Vital statistics of India. Vol. VI, European troops 1870-79
Year: 1870
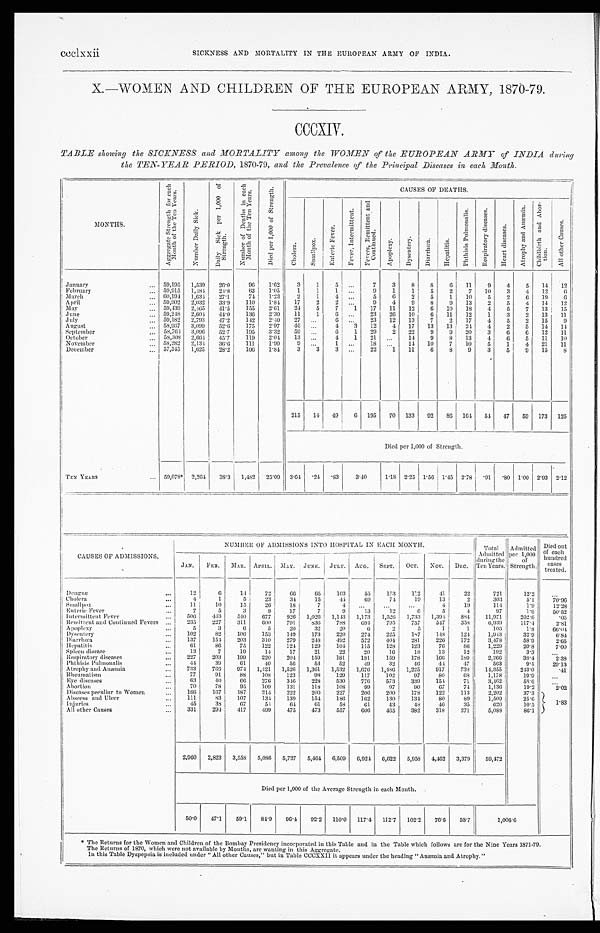
ccclxxii
SICKNESS AND MORTALITY IN THE EUROPEAN ARMY OF INDIA.
X.—WOMEN AND CHILDREN OF THE EUROPEAN ARMY, 1870-79.
CCCXIV.
TABLE showing the SICKNESS and MORTALITY among the WOMEN of the EUROPEAN ARMY of INDIA during
the TEN-YEAR PERIOD, 1870-79, and the Prevalence of the Principal Diseases in each Month.
MONTHS.
A g g r e g a t e S t r e n g t h f o r e a c h
M o n t h o f t h e T e n Y e a r s .
N u m b e r D a i l y S i c k .
Dai l y Si ck per 1, 000 of
Strength.
N u m b e r o f D e a t h s i n e a c h
M o n t h o f t h e T e n Y e a r s .
D i e d p e r 1 , 0 0 0 o f S t r e n g t h .
CAUSES OF DEATHS.
C h o l e r a .
S m a l l p o x . E n t e r i c F e v e r .
F e v e r , I n t e r m i t t e n t .
F e v e r , R e m i t t e n t a n d C o n t i n u e d .
A p o p l e x y .
D y s e n t r y .
D i a r r h œ a .
H e p a t i t i s .
P h t h i s i s P u l m o n a l i s .
R e s p i r a t o r y d i s e a s e s .
H e a r t d i s e a s e s .
A t r o p h y a n d A n æ m i a . C h i l d b i r t h a n d A b o r -
t i o n .
A l l o t h e r C a u s e s .
January
... 59,195 1,539
26.0
96
1.62
3
l
5
. . .
7
3
8
8
6
1 1
9
4
5
14
12
February
. . . 59,915 1,484 24.8
63
1.05
1
1 1
. . . 9
1
1
5
2
7
10
3
4
12
6
March
... 60,194 1,634 27.1
74
1.23
2
1 4
. . . 5
6
2
5
1
10
5
2
6 19
6
April
... 59,902 2,032
33.9
110
1.84 17
2
2
. . . 9
4
9
8
9
13
2
5
4
14
12
May
... 59,439 2,465
41.5
155
2.61
24
5
7
1
17
11
12
6 10
18
4
5
7
13
15
J une
... 59,248 2,604 44.0
136 2.30
11
1
6
. . . 23
26
10
6
11
12
1
3
2
13
11
July
. . . 59,182 2,793
47.2
142
2.40
27 ...
6
. . . 23
12
13
7
2
17
4
5
2
15
9
August
... 58,967 3,099 52.6
175
2.97
4 6
. . .
4
3
12
4
17
13
13
24
4
2
5
14
14
September
... 58,764 3,096 52.7
195
3.32
5 9
. . .
6
1
29
2
22
9
9
20
3
6
6
12
11
October
. . . 58,308 2,664
4 5 . 7 119
2.04 13 ...
4
1
21
. . . 14
9
8 13
4
6
5
11
10
November
. . . 58,282
2, 134 36.6
111
1.90
9
. . .
1
. . . 18
. . . 14 10
7
10
5
1
4 21
11
December
... 57,545 1,625
28.2
106 1.84
3
3
3
. . .
22
1
11
6
8
9
3
5
9
15
8
215
14 49
6 195
70 133
92
8 6 164 54 47
59 173 125
Died per 1,000 of Strength.
TEN YEA
RS
... 59,078* 2,264 38.3 1,482 25.09 3 . 6 4
.24
.83
3.40
1.18 2.25 1.56 1.45 2.78 .91 .80 1.00 2.93 2.12
CAUSES OF ADMISSIONS.
NUMBER OF ADMISSIONS INTO HOSPITAL IN EACH MONTH
.
Total
Admitted
during the
Ten Years.
Admitted
per 1,000
of
Strength.
Died out
of each
hundred
cases
treated.
JAN. FEB. M A R .
APIRL. MAY. JUNE. JULY. AUG. SEPT. OCT. NOV. DEC.
Dengue
...
12
6
14
72
66
65
103
55
153
112
41
22
721
12.2
...
Cholera
...
4
1
5
23
34
15
44
6 9
74
19
13
2
303
5.1
70.96
Smallpox
...
11
10
15
26
18
7
4
. . . ...
...
4
19
114
1.9
12.28
Enteric Fever
...
7
5
3
9
17
7
9
13
12
6
5
4
97
1.6
50.52
Intermittent Fever
...
506
443
540
677
926 1,026 1,143 1,173 1,526 1,733 1,394
884
11,971
202.6
.05
Remittent and Continued Fevers ...
2 3 5 227
311
6 0 0 791
836
788
694
795
757
547
358
6,939
117.4
2.81
Apoplexy
...
5
3
6
5
20
32
20
6
2
5
1
1
106
1.8
66.04
Dysentery
...
102
82
106
153
149
173
220
274
225
187
1 4 8 124
1,943
32.9
6.84
Diarrhœa
...
137
154
203
310
279
248
492
572
404
281
226
172
3,478
58.9
2.65
Hepatitis
...
61
86
75
122
124
129
104
115
128
123
76
86
1,229
20.8
7.00
Spleen disease
...
13
7
19
14
17
21
22
20
16
18
13
12
192
3.3
...
Respiratory diseases
...
227
203
199
220
204
159
181
181
159
178
166
189
2,266
38.4
2.38
Phthisis Pulmonalis
...
44
39
61
40
56
53
52
49
32
46
44
47
563
9.5
29.13
Atrophy and Anæmia
...
733
763
974 1,421 1,526 1,361 1,532 1,676 1,486 1,225
917
738
14,355
243.0
.41
Rheumatism
...
77
91
88
108
123
98
129
117
102
97
80
6 8
1,178
19.9
...
Eye diseases
...
63
40
66
276
3 4 6 228
530
776
573
339
154
71
3,462
58.6
. . .
Abortion
...
70
78
95
109
131
118
108
99
97
90
67
74
1,136
19.2
2.02
Diseases peculiar to Women
...
166
167
187
214
222
200
227
206
200
178
122
113
2,202
37.3
1.83
Abscess and Ulcer
...
111
83
107
134
139
154
186
162
130
134
80
89
1,509
25.6
Injuries
...
45
38
67
54
64
61
58
61
43
48
46
35
620
10.5
All other Causes
...
331
294
417
499
475
473
557
606
465
382
318
271
5,088
86.1
2,960 2,823 3,558 5,086 5,727 5,464 6,509 6,924 6,622 5,958 4,462 3,379
59,472
Died per 1,000 of the Average Strength in each Month.
50.0
47.1
59.1
84.9 96.4
92.2 110.0 117.4 112.7 102.2
76.6 58.7
1,006.6
* The Returns for the Women and Children of the Bombay Presidency incorporated in this Table and in the Table which follows are for the Nine Years 1871-79.
The Returns of 1870, which were not available by Months, are wanting in this Aggregate.
In this Table Dyspepsia is included under " All other Causes," but in Table CCCXXII it appears under the heading "Anæmia and Atrophy."